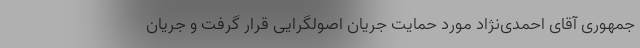
جمهوری آقای احمدی‌نژاد مورد حمایت جریان اصولگرایی قرار گرفت و جریان